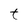
Character: t